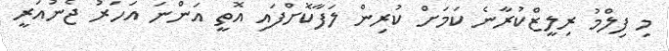
މި ފިލްމު ރިލީޒްކުރާނެ ކަމަށް ކުރިން ލަފާކޮށްފައި އޮތީ އަންނަ އަހަރު ޖެނުއަރީ